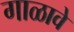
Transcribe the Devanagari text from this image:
गाळावे